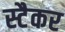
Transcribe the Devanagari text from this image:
स्टैकर